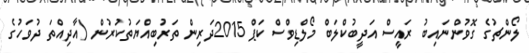
ލޯންޗުގެ ގޮވުންނައިބު ރައީސް އަދީބުކްލަބް މޯލްޑިވްސް ކަޕް 2015ދަރިން ތަރުބިއްޔަތުކުރުން (އާދިއްތަ ދުވަހުގެ